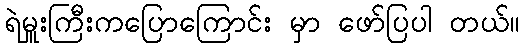
ရဲမှူးကြီးကပြောကြောင်း မှာ ဖော်ပြပါ တယ်။